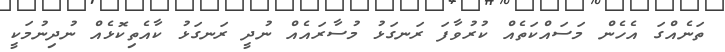
ތަނެއްގަ އެހެން މަސައްކަތެއް ކުރުވާފަ ރަނގަޅު މުސާރައެއް ނުދީ ރަނގަޅު ކާއެތިކޮޅެއް ނުދިނުމަކީ